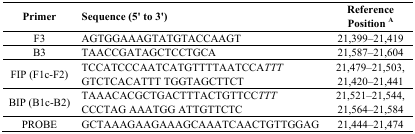
<table><thead><tr><td><b>Primer</b></td><td><b>Sequence (5′ to 3′)</b></td><td><b>Reference Position <sup>A</sup></b></td></tr></thead><tbody><tr><td>F3</td><td>AGTGGAAAGTATGTACCAAGT</td><td>21,399–21,419</td></tr><tr><td>B3</td><td>TAACCGATAGCTCCTGCA</td><td>21,587–21,604</td></tr><tr><td rowspan="2">FIP (F1c-F2)</td><td>TCCATCCCAATCATGTTTTAATCCA<i>TTT</i></td><td>21,479–21,503</td></tr><tr><td>GTCTCACATTT TGGTAGCTTCT</td><td>21,420–21,441</td></tr><tr><td rowspan="2">BIP (B1c-B2)</td><td>TAAACACGCTGACTTTACTGTTCC<i>TTT</i></td><td>21,521–21,544</td></tr><tr><td>CCCTAG AAATGG ATTGTTCTC</td><td>21,564–21,584</td></tr><tr><td>PROBE</td><td>GCTAAAGAAGAAAGCAAATCAACTGTTGGAG</td><td>21,444–21,474</td></tr></tbody></table>